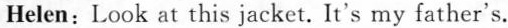
Helen: Look at this jacket. It's my father's.